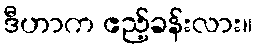
ဒီဟာက ဧည့်ခန်းလား။